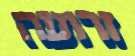
זרועה